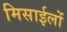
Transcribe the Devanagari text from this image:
मिसाईलों